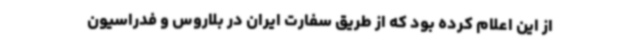
از این اعلام کرده بود که از طریق سفارت ایران در بلاروس و فدراسیون